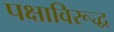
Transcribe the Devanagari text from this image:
पक्षाविरूद्ध